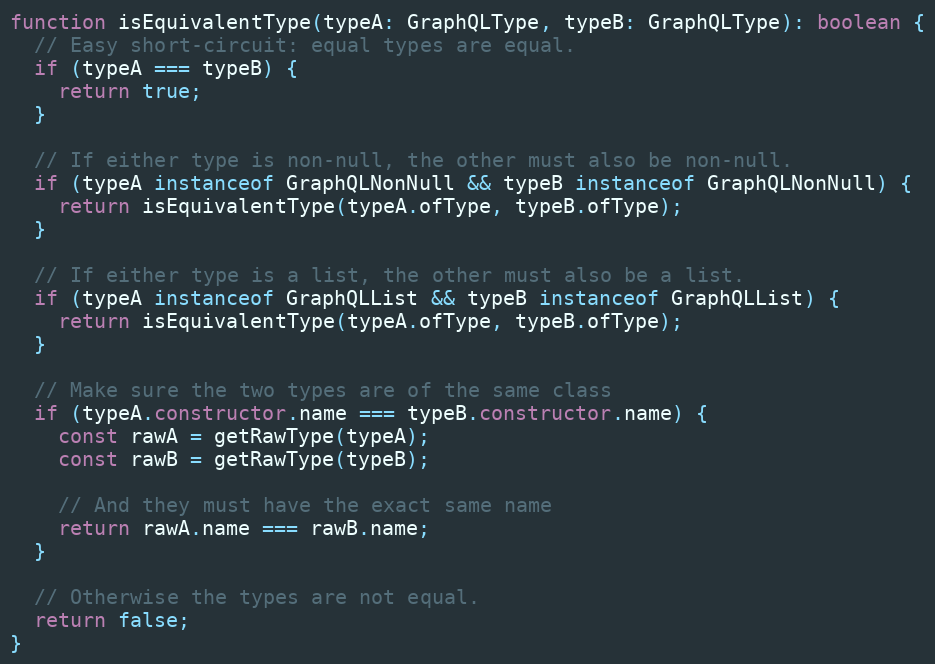
Language: JavaScript
function isEquivalentType(typeA: GraphQLType, typeB: GraphQLType): boolean {
  // Easy short-circuit: equal types are equal.
  if (typeA === typeB) {
    return true;
  }

  // If either type is non-null, the other must also be non-null.
  if (typeA instanceof GraphQLNonNull && typeB instanceof GraphQLNonNull) {
    return isEquivalentType(typeA.ofType, typeB.ofType);
  }

  // If either type is a list, the other must also be a list.
  if (typeA instanceof GraphQLList && typeB instanceof GraphQLList) {
    return isEquivalentType(typeA.ofType, typeB.ofType);
  }

  // Make sure the two types are of the same class
  if (typeA.constructor.name === typeB.constructor.name) {
    const rawA = getRawType(typeA);
    const rawB = getRawType(typeB);

    // And they must have the exact same name
    return rawA.name === rawB.name;
  }

  // Otherwise the types are not equal.
  return false;
}